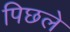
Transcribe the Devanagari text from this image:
पिछले